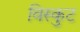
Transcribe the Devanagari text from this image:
विस्कुट